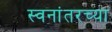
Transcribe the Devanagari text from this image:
स्वनांतरच्या